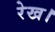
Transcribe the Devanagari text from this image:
रेख।